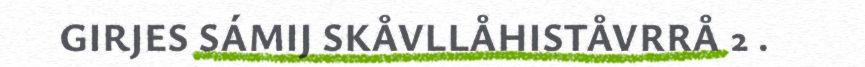
GIRJES SÁMIJ SKÅVLLÅHISTÅVRRÅ 2 .